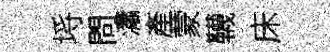
埓問瀟產蒙韈床